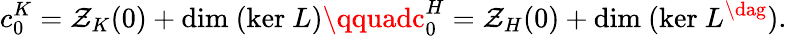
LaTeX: c_{0}^{K}=\mathcal{Z}_{K}(0)+\mathrm{{dim~}}(\mathrm{{ker~}}L)\qquadc_{0}^{H}=\mathcal{Z}_{H}(0)+\mathrm{{dim~}}(\mathrm{{ker~}}L^{\dag}).